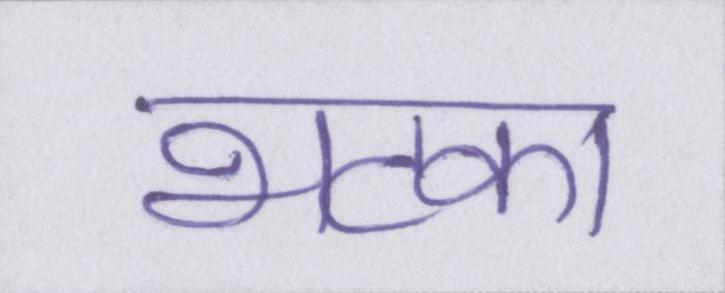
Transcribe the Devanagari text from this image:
भटका